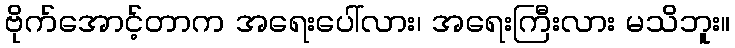
ဗိုက်အောင့်တာက အရေးပေါ်လား၊ အရေးကြီးလား မသိဘူး။